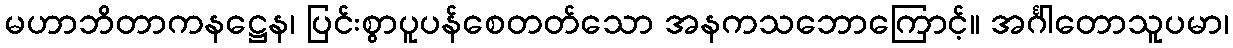
မဟာဘိတာကနဋ္ဌေန၊ ပြင်းစွာပူပန်စေတတ်သော အနကသဘောကြောင့်။ အင်္ဂါတောသူပမာ၊